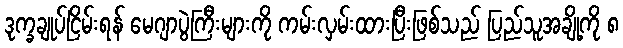
ဒုက္ခချုပ်ငြိမ်းရန် မေဂျာပွဲကြီးများကို ကမ်းလှမ်းထားပြီးဖြစ်သည် ပြည်သူအချို့ကို ၈